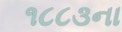
૧૮૮૩ના